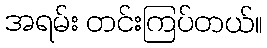
အရမ်း တင်းကြပ်တယ်။